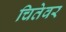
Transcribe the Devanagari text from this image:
चितेवर